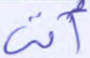
أتى